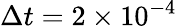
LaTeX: \Delta t=2\times 10^{-4}